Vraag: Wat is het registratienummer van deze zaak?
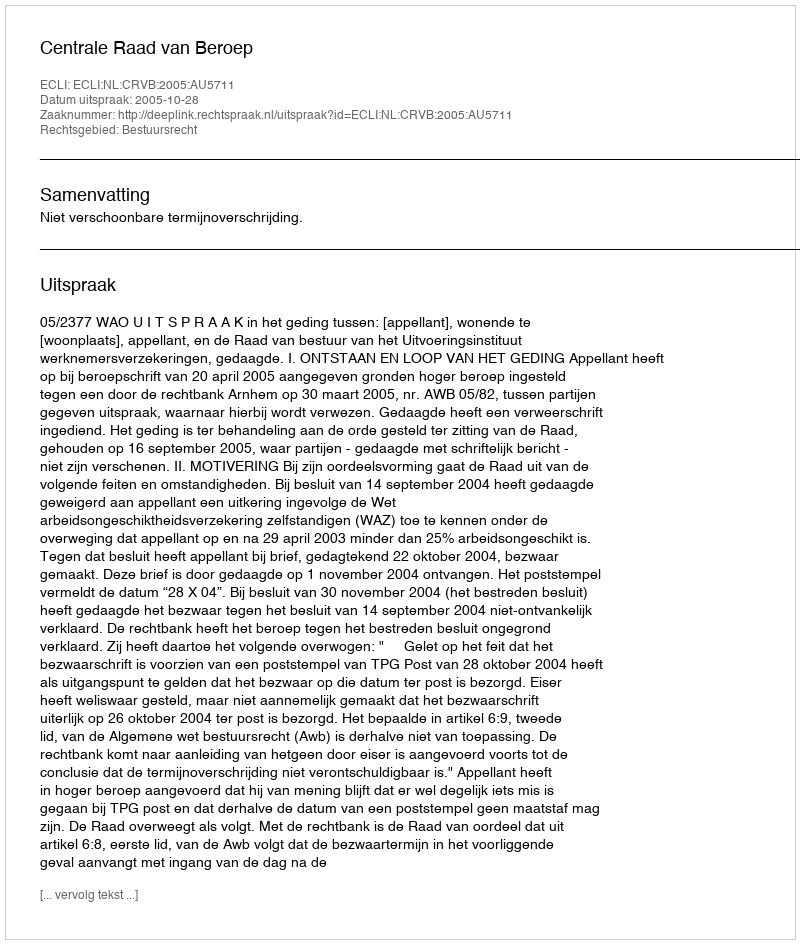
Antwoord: http://deeplink.rechtspraak.nl/uitspraak?id=ECLI:NL:CRVB:2005:AU5711